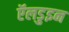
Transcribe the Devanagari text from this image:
ऍलडुइन